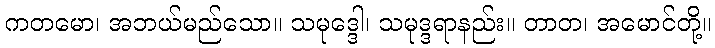
ကတမော၊ အဘယ်မည်သော။ သမုဒ္ဒေါ၊ သမုဒ္ဒရာနည်း။ တာတ၊ အမောင်တို့။